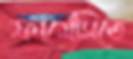
ফার্মেসিতে